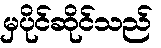
မှပိုင်ဆိုင်သည်